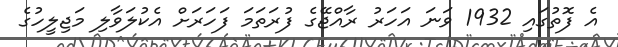
އެ ފޮތުގައި 1932 ވަނަ އަހަރު ރާއްޖޭގެ ފުރަތަމަ ފަހަރަށް އެކުލަވާލި މަޖިލީހުގެ